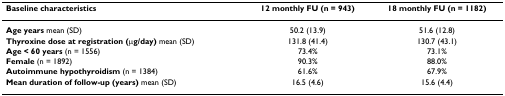
<table><thead><tr><td><b>Baseline characteristics</b></td><td><b>12 monthly FU (n = 943)</b></td><td><b>18 monthly FU (n = 1182)</b></td></tr></thead><tbody><tr><td><b>Age years </b>mean (SD)</td><td>50.2 (13.9)</td><td>51.6 (12.8)</td></tr><tr><td><b>Thyroxine dose at registration (μg/day) </b>mean (SD)</td><td>131.8 (41.4)</td><td>130.7 (43.1)</td></tr><tr><td><b>Age &lt; 60 years </b>(n = 1556)</td><td>73.4%</td><td>73.1%</td></tr><tr><td><b>Female </b>(n = 1892)</td><td>90.3%</td><td>88.0%</td></tr><tr><td><b>Autoimmune hypothyroidism </b>(n = 1384)</td><td>61.6%</td><td>67.9%</td></tr><tr><td><b>Mean duration of follow-up (years) </b>mean (SD)</td><td>16.5 (4.6)</td><td>15.6 (4.4)</td></tr></tbody></table>